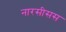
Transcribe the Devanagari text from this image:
नारसीसस